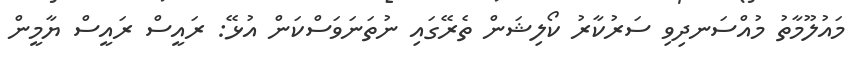
މައުލޫމާތު މުއްސަނދިވި ސަރުކާރު ކޯލިޝަން ތެރޭގައި ނުތަނަވަސްކަން އުޅޭ: ރައީސް ރައީސް ޔާމީން